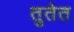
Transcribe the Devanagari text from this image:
तुतेत